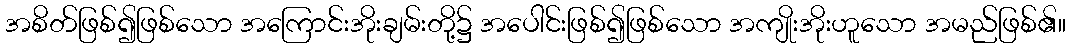
အစိတ်ဖြစ်၍ဖြစ်သော အကြောင်းအိုးချမ်းတို့၌ အပေါင်းဖြစ်၍ဖြစ်သော အကျိုးအိုးဟူသော အမည်ဖြစ်၏။